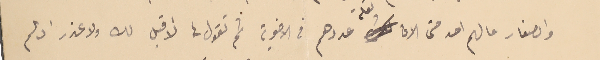
والصغار ما لهم احد حتى الان لقلة عددهم في الاخوية ثم تقول لا اقبل لك ولا عذر اذ لم